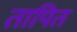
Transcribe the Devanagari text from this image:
तापित